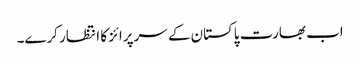
اب بھارت پاکستان کے سرپرائز کا انتظار کرے۔